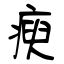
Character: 瘐